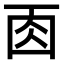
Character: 𠀬